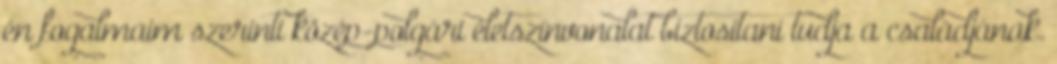
én fogalmaim szerinti közép-polgári életszínvonalat biztosítani tudja a családjának.